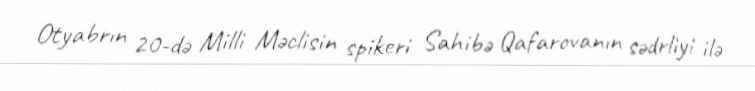
Otyabrın 20-də Milli Məclisin spikeri Sahibə Qafarovanın sədrliyi ilə